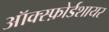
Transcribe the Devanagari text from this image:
ऑक्स्फ़ोर्डशायर